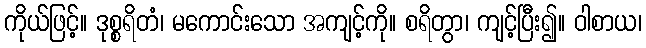
ကိုယ်ဖြင့်။ ဒုစ္စရိတံ၊ မကောင်းသော အကျင့်ကို။ စရိတွာ၊ ကျင့်ပြီး၍။ ဝါစာယ၊